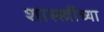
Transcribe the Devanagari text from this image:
शास्स्त्रींच्या